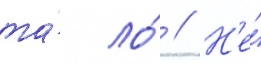
та́ ло́ // Н'е́